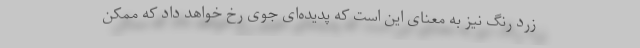
زرد رنگ نیز به معنای این است که پدیده‌ای جوی رخ خواهد داد که ممکن